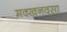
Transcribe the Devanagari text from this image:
मक्खनवसा